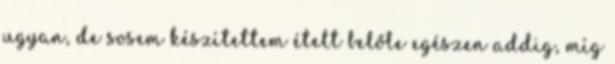
ugyan, de sosem készítettem ételt belőle egészen addig, míg